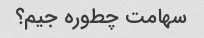
سهامت چطوره جیم؟